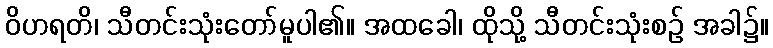
ဝိဟရတိ၊ သီတင်းသုံးတော်မူပါ၏။ အထခေါ၊ ထိုသို့ သီတင်းသုံးစဉ် အခါ၌။